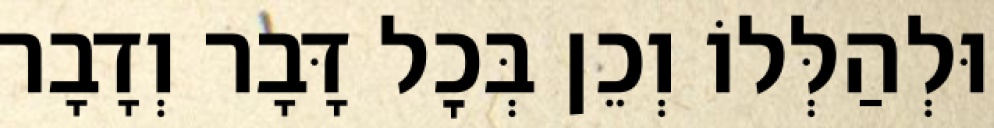
וּלְהַלְּלוֹ וְכֵן בְּכׇל דָּבָר וְדָבָר